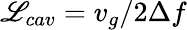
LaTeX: \mathscr{L}_{cav}=v_{g}/2{\Delta}f